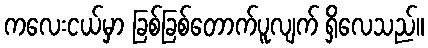
ကလေးငယ်မှာ ခြစ်ခြစ်တောက်ပူလျက် ရှိလေသည်။